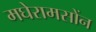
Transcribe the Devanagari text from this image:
मघेरामसोंन